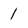
Character: I